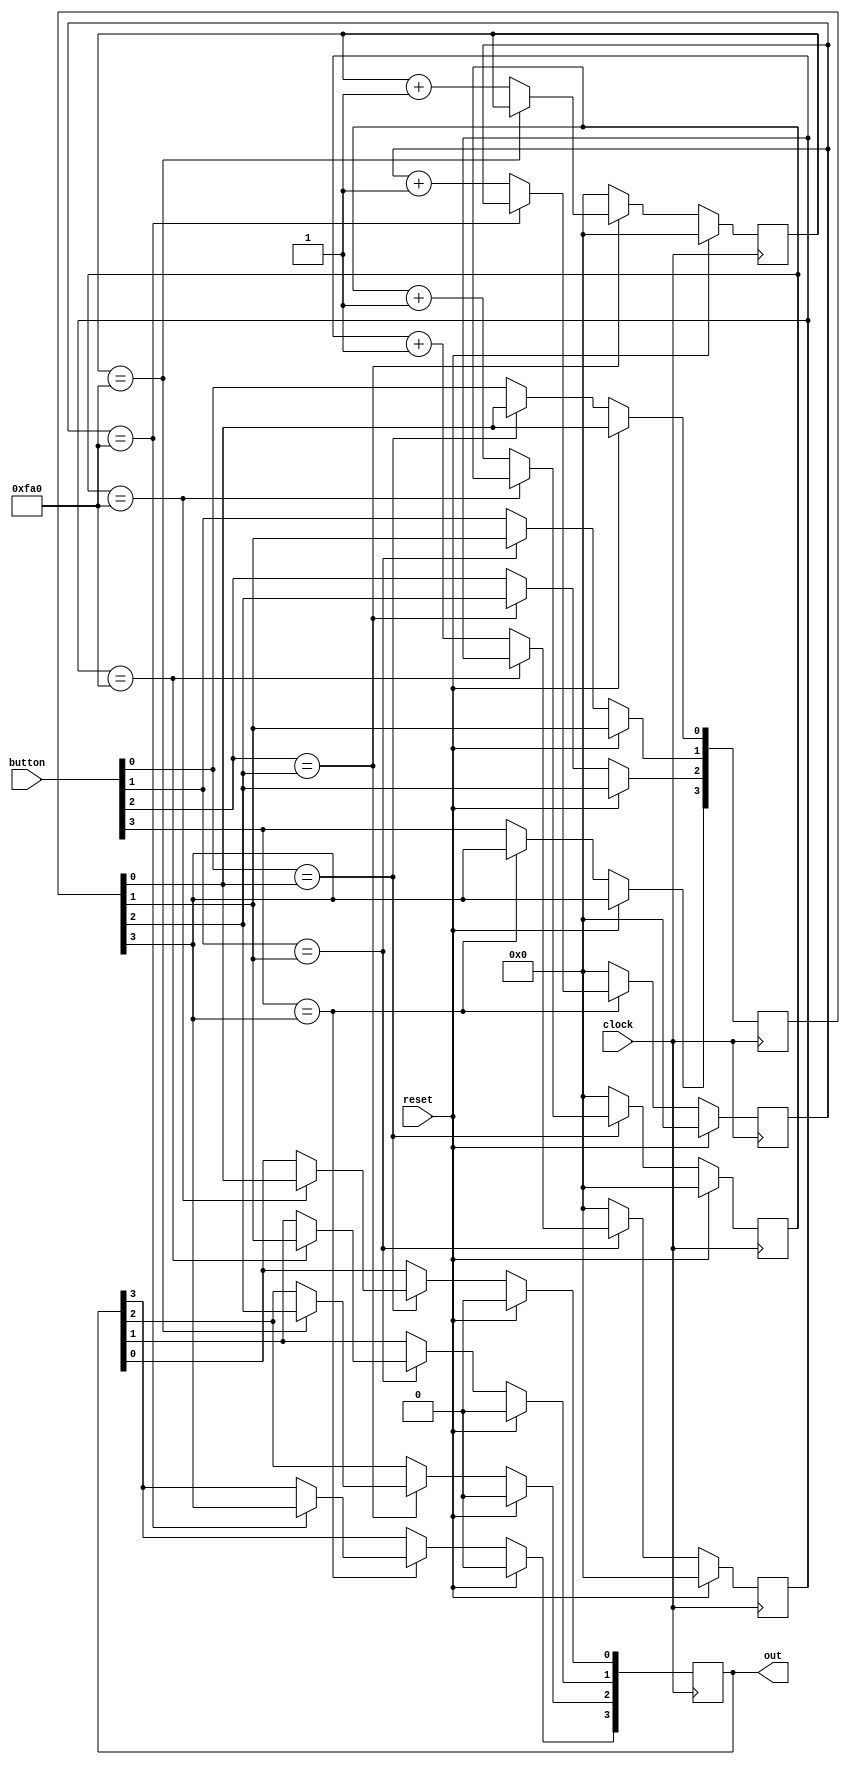
`timescale 1ns / 1ps
//////////////////////////////////////////////////////////////////////////////////
// Company: 
// Engineer: 
// 
// Design Name: 
// Module Name: debounce
// Project Name: 
// Target Devices: 
// Tool Versions: 
// Description: 
// 
// Dependencies: 
// 
// Revision:
// Revision 0.01 - File Created
// Additional Comments:
// 
//////////////////////////////////////////////////////////////////////////////////


module debounce(
    input clock,//100MHz clock
    input reset,
    input [3:0] button,//Buttons to debounce
    output reg [3:0]out
);

reg [12:0] cnt0=0, cnt1=0, cnt2=0, cnt3=0;
reg [3:0] IV = 0;

//parameter dbTime = 19;
parameter dbTime = 4000;

always @ (posedge(clock))begin
    if(reset==1)begin
        cnt0<=0;
        cnt1<=0;
        cnt2<=0;
        cnt3<=0;
        out<=0;
    end
    else begin
        if(button[0]==IV[0]) begin 
            if (cnt0==dbTime) begin
                out[0]<=IV[0];
                end
            else begin
                cnt0<=cnt0+1;
                end
        end
        else begin
            cnt0<=0;
            IV[0]<=button[0];
            end
        if(button[1]==IV[1]) begin 
            if (cnt1==dbTime) begin
                out[1]<=IV[1];
            end
            else begin
                cnt1<=cnt1+1;
            end
        end
        else begin
            cnt1<=0;
            IV[1]<=button[1];
        end
        if(button[2]==IV[2]) begin 
            if (cnt2==dbTime) begin
                out[2]<=IV[2];
            end
            else begin
                cnt2<=cnt2+1;
            end
        end
        else begin
            cnt2<=0;
            IV[2]<=button[2];
        end
        if(button[3]==IV[3]) begin 
            if (cnt3==dbTime) begin
                out[3]<=IV[3];
            end
            else begin
                cnt3<=cnt3+1;
            end
        end
        else begin
            cnt3<=0;
            IV[3]<=button[3];
        end
    end
end
endmodule